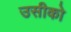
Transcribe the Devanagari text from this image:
उसीको